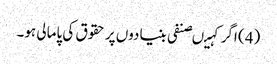
(4) اگر کہیںصنفی بنیادوں پر حقوق کی پامالی ہو۔